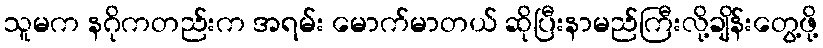
သူမက နဂိုကတည်းက အရမ်း မောက်မာတယ် ဆိုပြီးနာမည်ကြီးလို့ချိန်းတွေ့ဖို့